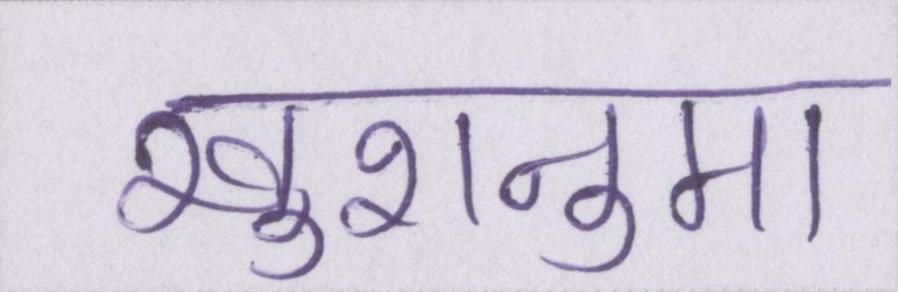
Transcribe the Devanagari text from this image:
खुशनुमा